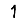
Digit: 1